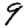
Digit: 9